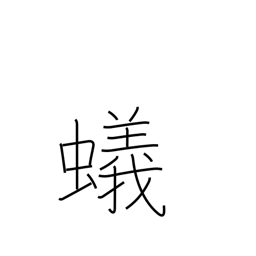
Meaning: ant